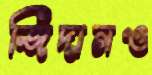
জিদানও